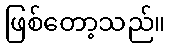
ဖြစ်တော့သည်။